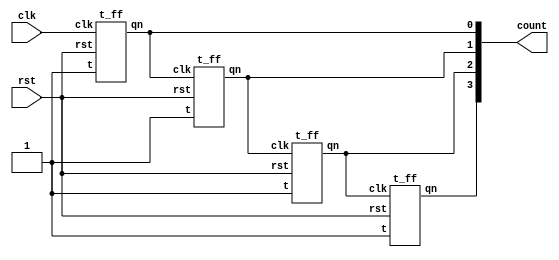
`timescale 1ns / 1ps
//////////////////////////////////////////////////////////////////////////////////
// Company: 
// Engineer: 
// 
// Design Name: 
// Module Name: Up_Counter
// Project Name: 
// Target Devices: 
// Tool Versions: 
// Description: 
// 
// Dependencies: 
// 
// Revision:
// Revision 0.01 - File Created
// Additional Comments:
// 
//////////////////////////////////////////////////////////////////////////////////


module Up_Counter(
    input rst,
    input clk,
    output [3:0]count
    );
    t_ff TFF1(.t(1'b1),.clk(clk),.rst(rst),.qn(count[0]));
    t_ff TFF2(.t(1'b1),.clk(count[0]),.rst(rst),.qn(count[1]));
    t_ff TFF3(.t(1'b1),.clk(count[1]),.rst(rst),.qn(count[2]));
    t_ff TFF4(.t(1'b1),.clk(count[2]),.rst(rst),.qn(count[3]));
endmodule
module t_ff(t,clk,rst,qn,qn_bar); 
input t,clk,rst; output reg qn;output qn_bar; 
always@(negedge clk) 
begin 
if(!rst) 
qn=0; 
else 
begin 
case(t) 
0:qn=qn; 
1:qn=~qn;
endcase
end
end
assign qn_bar=~qn;
endmodule